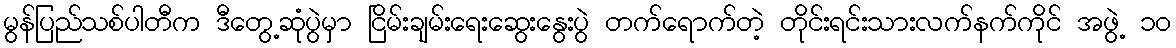
မွန်ပြည်သစ်ပါတီက ဒီတွေ့ဆုံပွဲမှာ ငြိမ်းချမ်းရေးဆွေးနွေးပွဲ တက်ရောက်တဲ့ တိုင်းရင်းသားလက်နက်ကိုင် အဖွဲ့ ၁၀